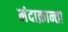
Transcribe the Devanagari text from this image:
मंदाक्रान्ता